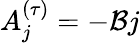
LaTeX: A_{j}^{(\tau)}=-\mathcal{B}j